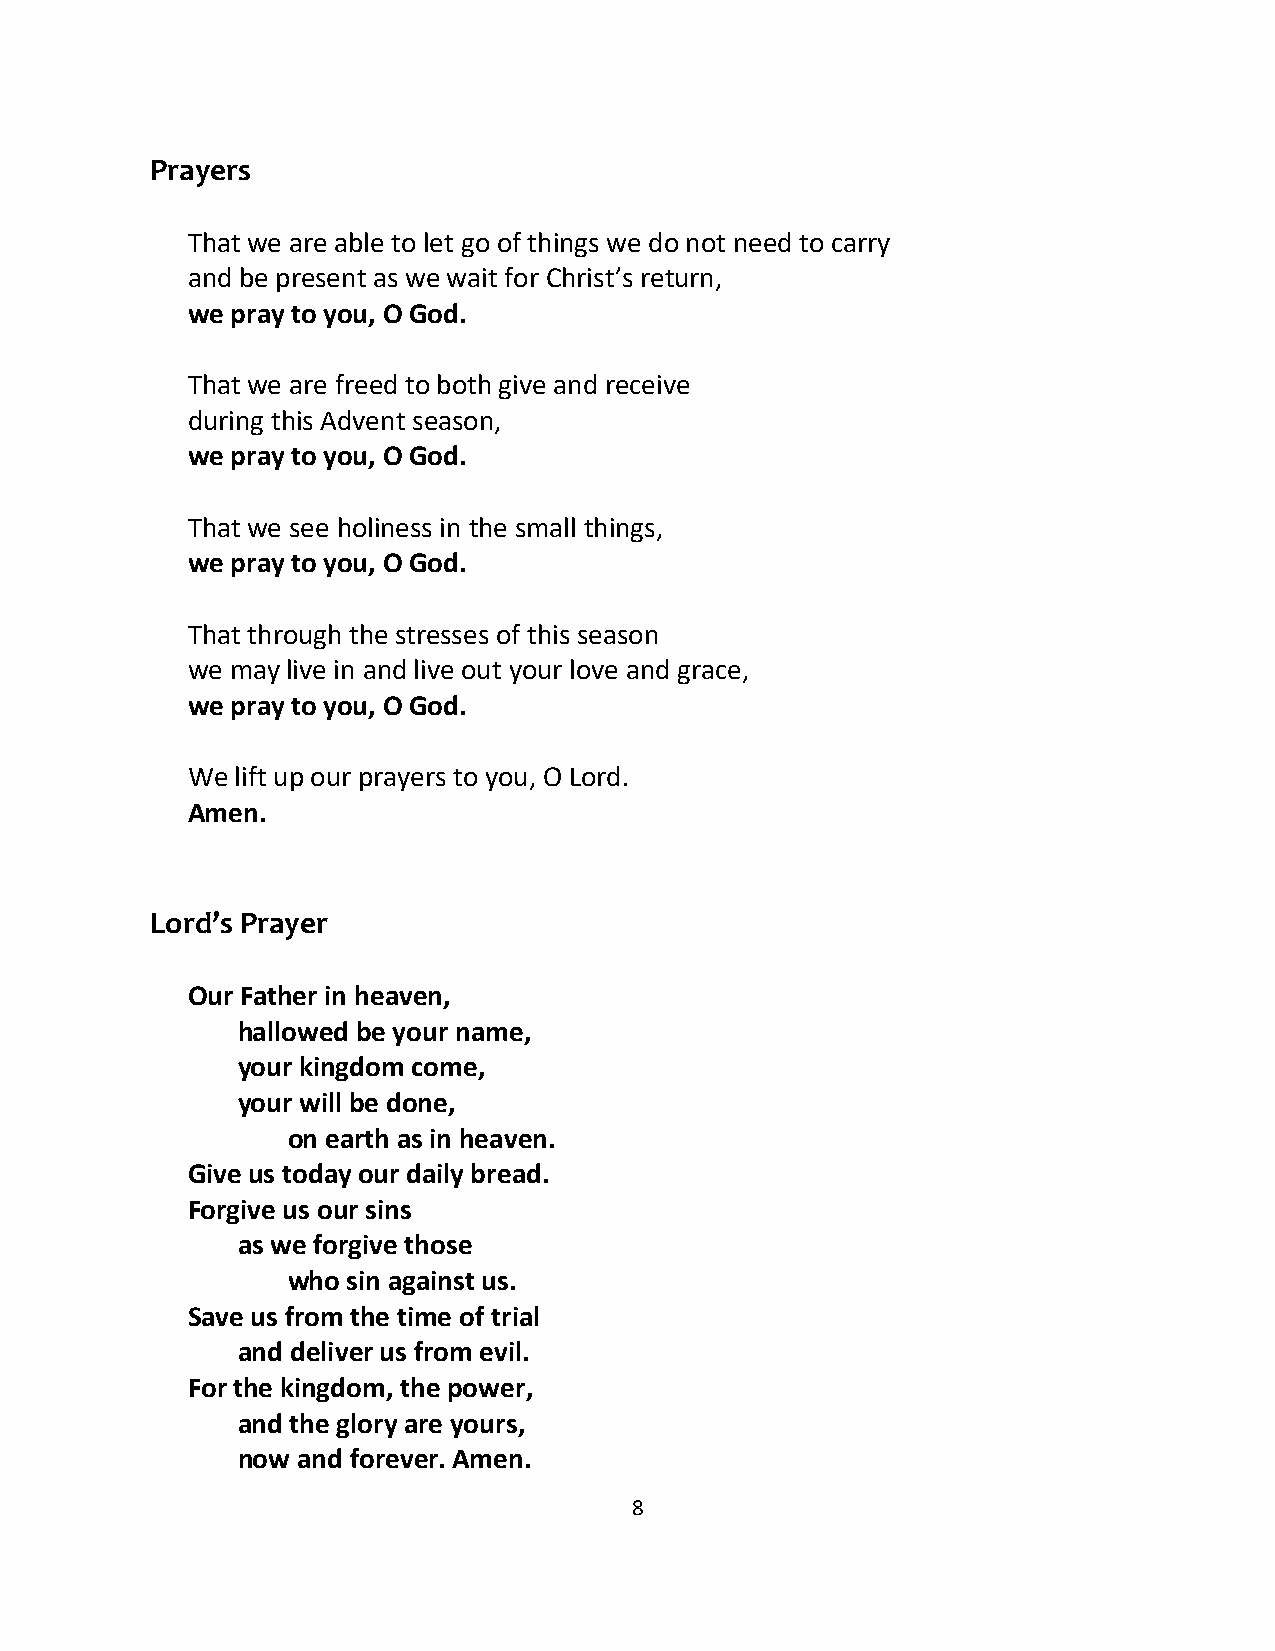
Prayers
 That we are able to let go of things we do not need to carry
 and be present as we wait for Christ’s return,
 we pray to you, O God.
 That we are freed to both give and receive
 during this Advent season,
 we pray to you, O God.
 That we see holiness in the small things,
 we pray to you, O God.
 That through the stresses of this season
 we may live in and live out your love and grace,
 we pray to you, O God.
 We  lift up our prayers to you, O Lord.
 Amen.
 Lord’s Prayer
 Our Father in heaven,
 hallowed be your name,
 your kingdom come,
 your will be done,
 on earth as in heaven.
 Give us today our daily bread.
 Forgive us our sins
 as we forgive those
 who sin against us.
 Save us from the time of trial
 and deliver us from evil.
 For the kingdom, the power,
 and the glory are yours,
 now and forever. Amen.
 8